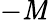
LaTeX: -\mathit{M}